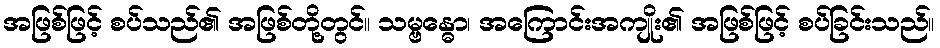
အဖြစ်ဖြင့် စပ်သည်၏ အဖြစ်တို့တွင်။ သမ္ဗန္ဓော၊ အကြောင်းအကျိုး၏ အဖြစ်ဖြင့် စပ်ခြင်းသည်။